Manual of the Civil Veterinary Department, Central Provinces and Berar
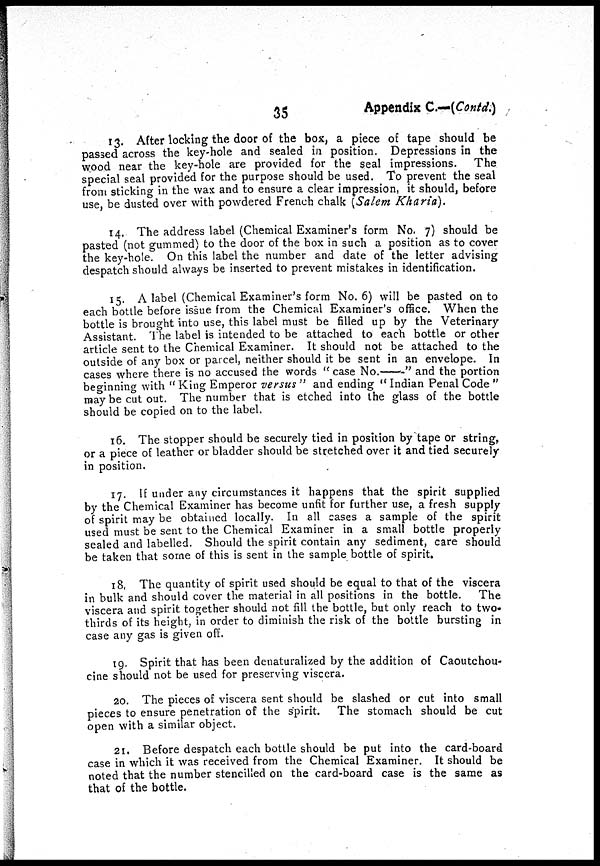
35
Appendix C—(Contd.)
13. After locking the door of the box, a piece of tape should be
passed across the key-hole and sealed in position. Depressions in the
wood near the key-hole are provided for the seal impressions.
The
special seal provided for the purpose should be used. To prevent the seal
from sticking in the wax and to ensure a clear impression, it should, before
use, be dusted over with powdered French chalk (Salem Kharia).
14. The address label (Chemical Examiner's form No. 7) should be
pasted (not gummed) to the door of the box in such a position as to cover
the key-hole. On this label the number and date of the letter advising
despatch should always be inserted to prevent mistakes in identification.
15. A label (Chemical Examiner's form No. 6) will be pasted on to
each bottle before issue from the Chemical Examiner's office. When the
bottle is brought into use, this label must be filled up by the Veterinary
Assistant. The label is intended to be attached to each bottle or other
article sent to the Chemical Examiner. It should not be attached to the
outside of any box or parcel, neither should it be sent in an envelope. In
cases where there is no accused the words " case No.—-—" and the portion
beginning with " King Emperor versus " and ending " Indian Penal Code "
may be cut out. The number that is etched into the glass of the bottle
should be copied on to the label.
16. The stopper should be securely tied in position by tape or string,
or a piece of leather or bladder should be stretched over it and tied securely
in position.
17. If under any circumstances it happens that the spirit supplied
by the Chemical Examiner has become unfit for further use, a fresh supply
of spirit may be obtained locally. In all cases a sample of the spirit
used must be sent to the Chemical Examiner in a small bottle properly
sealed and labelled. Should the spirit contain any sediment, care should
be taken that some of this is sent in the sample bottle of spirit.
18. The quantity of spirit used should be equal to that of the viscera
in bulk and should cover the material in all positions in the bottle.
The
viscera and spirit together should not fill the bottle, but only reach to two-
thirds of its height, in order to diminish the risk of the bottle bursting in
case any gas is given off.
19. Spirit that has been denaturalized by the addition of Caoutchou-
cine should not be used for preserving viscera.
20. The pieces of viscera sent should be slashed or cut into small
pieces to ensure penetration of the spirit. The stomach should be cut
open with a similar object.
21. Before despatch each bottle should be put into the card-board
case in which it was received from the Chemical Examiner. It should be
noted that the number stencilled on the card-board case is the same as
that of the bottle.